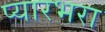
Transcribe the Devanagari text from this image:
प्यारभरा